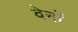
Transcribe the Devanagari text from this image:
वेर्नों